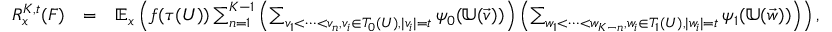
\begin{array} { r l r } { R _ { x } ^ { K , t } ( F ) } & { = } & { \mathbb { E } _ { x } \left( f ( \tau ( U ) ) \sum _ { n = 1 } ^ { K - 1 } \left( \sum _ { v _ { 1 } < \cdots < v _ { n } , v _ { i } \in T _ { 0 } ( U ) , | v _ { i } | = t } \psi _ { 0 } ( \mathbb { U } ( \vec { v } ) ) \right) \left( \sum _ { w _ { 1 } < \cdots < w _ { K - n } , w _ { i } \in T _ { 1 } ( U ) , | w _ { i } | = t } \psi _ { 1 } ( \mathbb { U } ( \vec { w } ) ) \right) \right) , } \end{array}